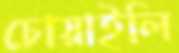
চোয়াইলি